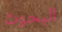
البحوث